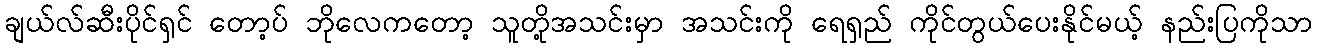
ချယ်လ်ဆီးပိုင်ရှင် တော့ပ် ဘိုလေကတော့ သူတို့အသင်းမှာ အသင်းကို ရေရှည် ကိုင်တွယ်ပေးနိုင်မယ့် နည်းပြကိုသာ